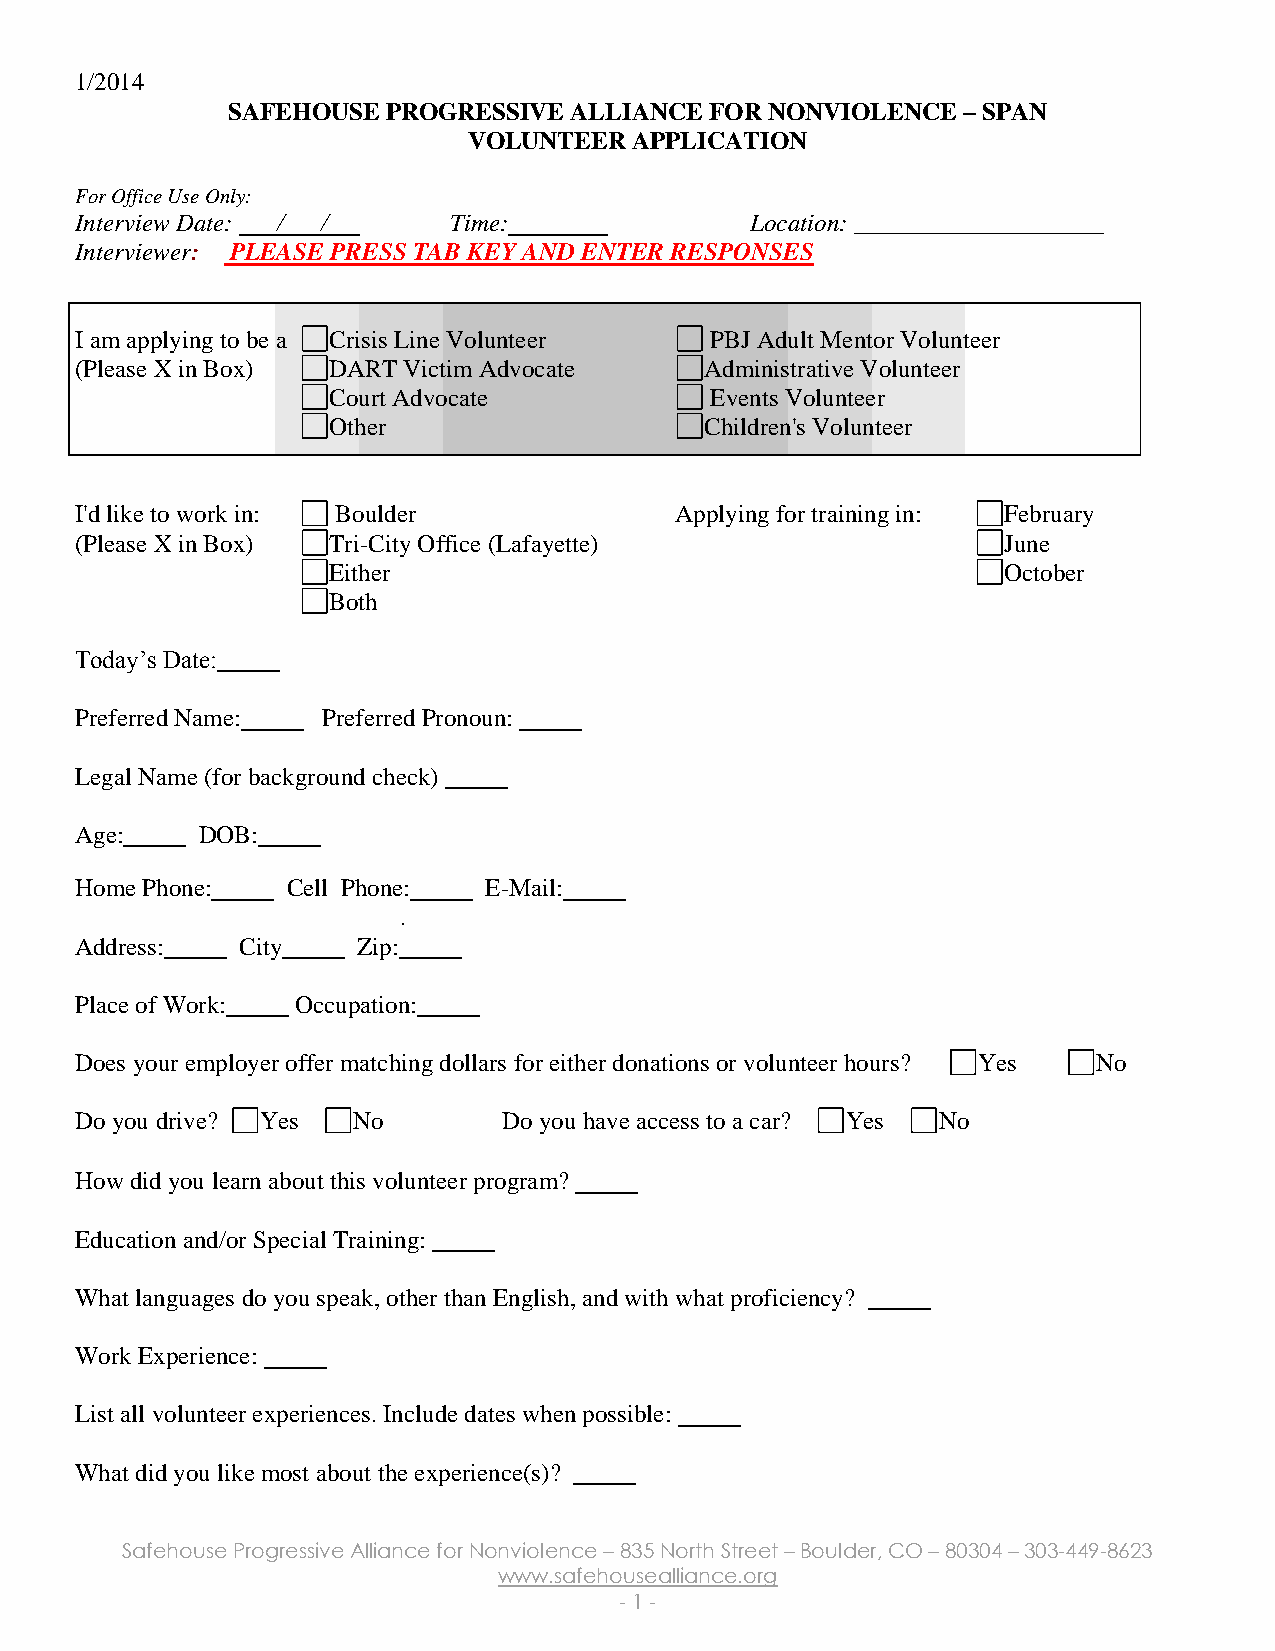
1/2014
 SAFEHOUSE  PROGRESSIVE ALLIANCE FOR NONVIOLENCE  – SPAN
 VOLUNTEER  APPLICATION
 For Office Use Only:
 Interview Date: / /      Time:               Location: ____________________
 UU      U
 Interviewer: PLEASE PRESS TAB KEY AND ENTER RESPONSES
 I am applying to be a Crisis Line Volunteer PBJ Adult Mentor Volunteer
 (Please X in Box) DART Victim Advocate    Administrative Volunteer
 Court Advocate           Events Volunteer
 Other                    Children's Volunteer
 I'd like to work in: Boulder            Applying for training in: February
 (Please X in Box) Tri-City Office (Lafayette)                June
 Either                                      October
 Both
 Today’s Date:
 Preferred Name: Preferred Pronoun:
 Legal Name (for background check)
 Age:    DOB:
 Home Phone:   Cell Phone:  E-Mail:
 .
 Address:   City    Zip:
 Place of Work: Occupation:
 Does your employer offer matching dollars for either donations or volunteer hours? Yes No
 Do you drive? Yes No        Do you have access to a car? Yes No
 How did you learn about this volunteer program?
 Education and/or Special Training:
 What languages do you speak, other than English, and with what proficiency?
 Work Experience:
 List all volunteer experiences. Include dates when possible:
 What did you like most about the experience(s)?
 Safehouse Progressive Alliance for Nonviolence – 835 North Street – Boulder, CO – 80304 – 303-449-8623
 www.safehousealliance.org
 - 1 -